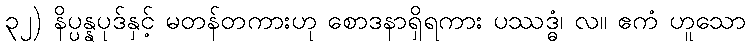
၃၂) နိပ္ပန္နပုဒ်နှင့် မတန်တကားဟု စောဒနာရှိရကား ပဿဒ္ဓံ၊ လ။ ဧကံ ဟူသော